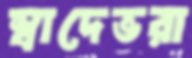
স্বাদেভরা